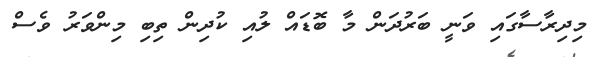
މިދިރާސާގައި ވަނީ ބަރުދަން މާ ބޮޑައް ލުއި ކުދިން ތިބި މިންވަރު ވެސް